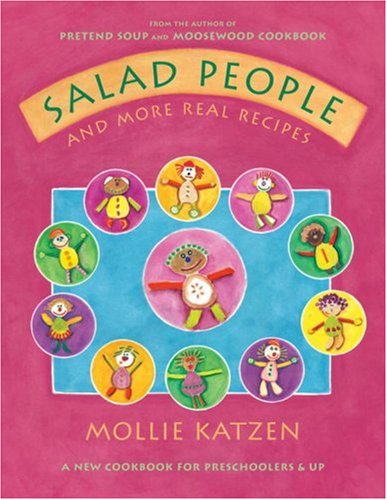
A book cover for Salad People and More Real Recipes: A New Cookbook for Preschoolers and Up; Mollie Katzen; Cookbooks, Food & Wine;